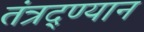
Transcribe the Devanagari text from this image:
तंत्रद्ण्यान